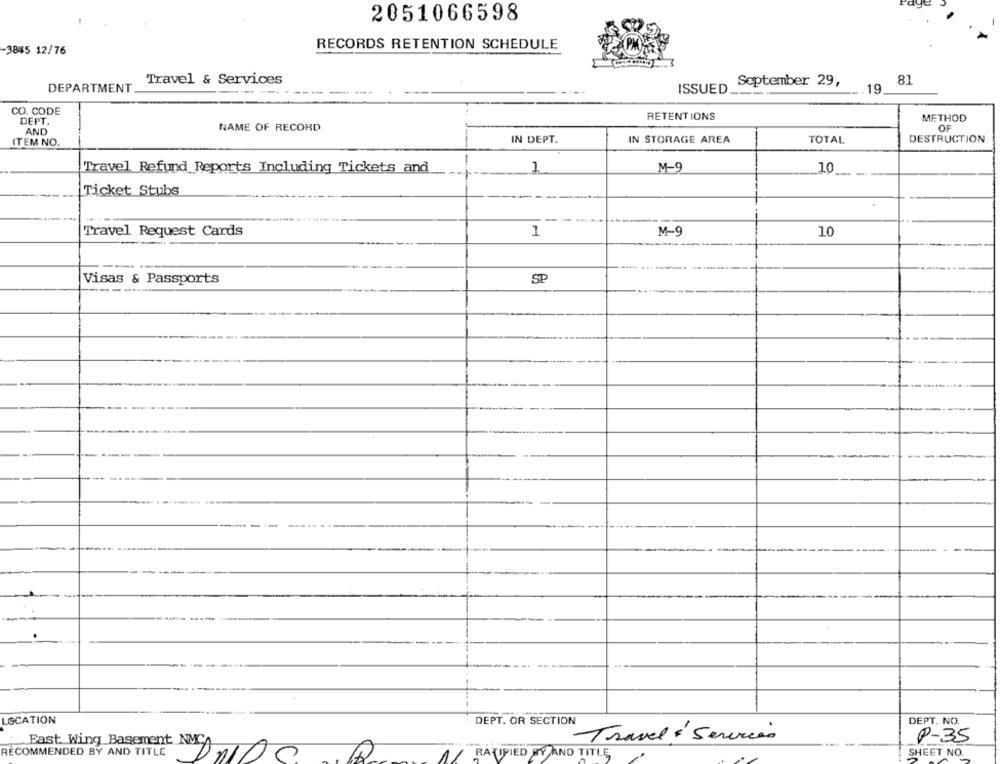
2051066598
RECORDS RETENTION SCHEDULE
-3845 12/76
Travel & Services
September 29,
81
DEPARTMENT
ISSUED
19
CO. CODE
DEPT.
RETENTIONS
METHOD
AND
NAME OF RECORD
OF
DESTRUCTION
ITEM NO.
IN DEPT.
IN STORAGE AREA
TOTAL
Travel Refund Reports Including Tickets and
M-C
10
Ticket Stubs
Travel Request Cards
1
M-9
10
Visas & Passports
SP
LOCATION
DEPT. NO.
DEPT. OR SECTION
East Wing Basement NUCA
Travel & Services
P-35
RECOMMENDED BY AND TITLE
RATIFIED BY AND TITLE,
SHEET NO.